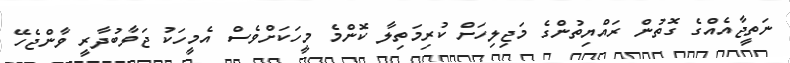
ނަތީޖާއެއްގެ ގޮތުން ރައްޔިތުންގެ މަޖިލިހަށް ކުރިމަތިލާ ކޮންމެ މީހަކަށްވެސް އެމީހަކު ޖަވާބުދާރީ ވާންޖެހޭ